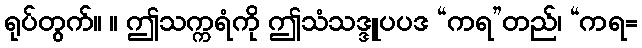
ရုပ်တွက်။ ။ ဤသက္ကရံကို ဤသံသဒ္ဒူပပဒ “ကရ”တည်၊ “ကရ=